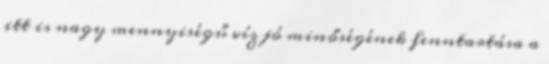
itt is nagy mennyiségű víz jó minőségének fenntartása a